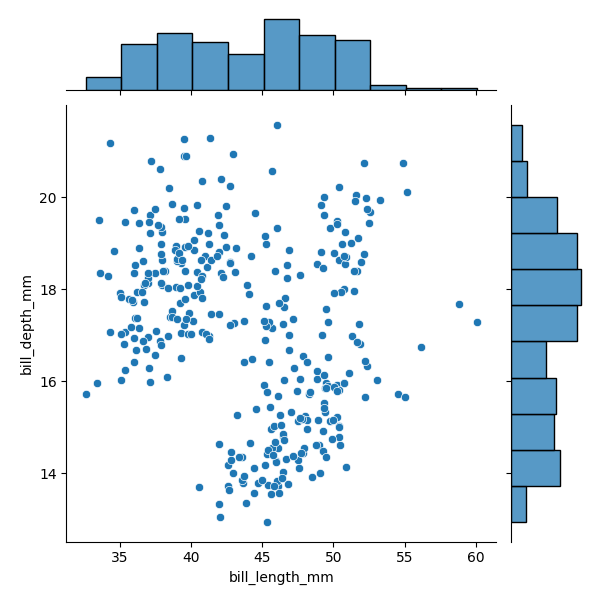
python, seaborn, JointGrid, scatterplot, histplot